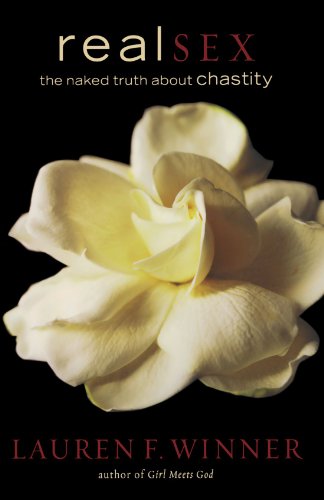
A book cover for Real Sex: The Naked Truth about Chastity; Lauren F. Winner; Religion & Spirituality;